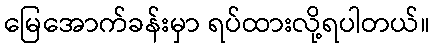
မြေအောက်ခန်းမှာ ရပ်ထားလို့ရပါတယ်။